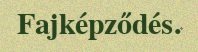
Fajképződés.